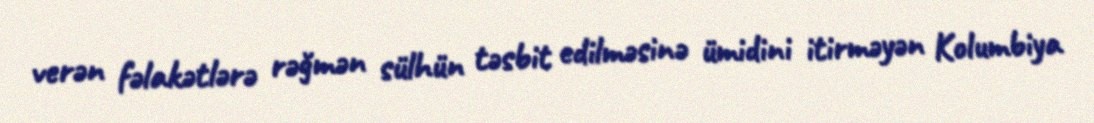
verən fəlakətlərə rəğmən sülhün təsbit edilməsinə ümidini itirməyən Kolumbiya